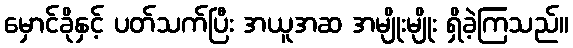
မှောင်ခိုနှင့် ပတ်သက်ပြီး အယူအဆ အမျိုးမျိုး ရှိခဲ့ကြသည်။